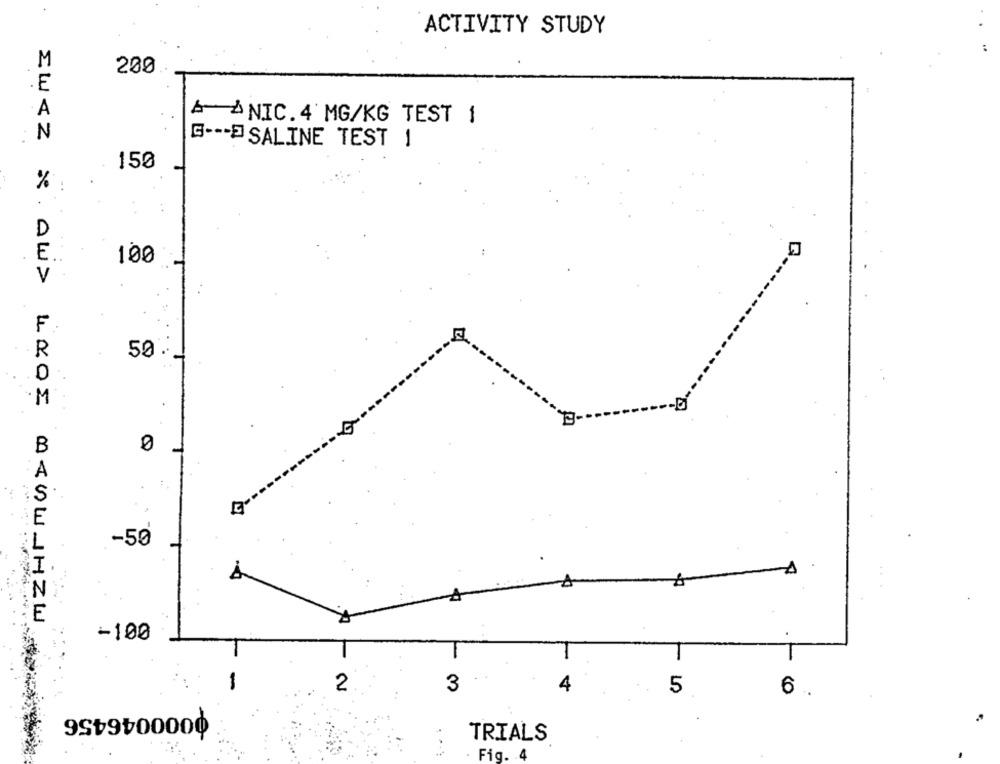
ACTIVITY STUDY
M
200.
E
A
A ÅNIC.4 MG/KG TEST 1
N
G ---- SALINE TEST 1
150
%
D
E
100
V
F
R
50
0
M
B
A
5
-50
-100
2
3
4
6
5
0000046456
TRIALS
. Fig. 4